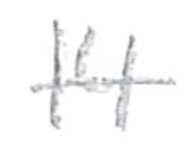
Text: 14
Cross-out: single-line
Writing tool: pencil